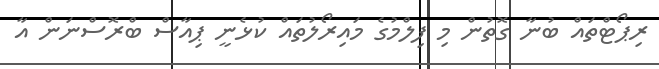
ރިޕޯޓްތައް ބުނާ ގޮތުން މި ފިލްމުގެ މައިރޯލުތައް ކުޅެނީ ޕިއާސް ބްރޮސްނަން އާ